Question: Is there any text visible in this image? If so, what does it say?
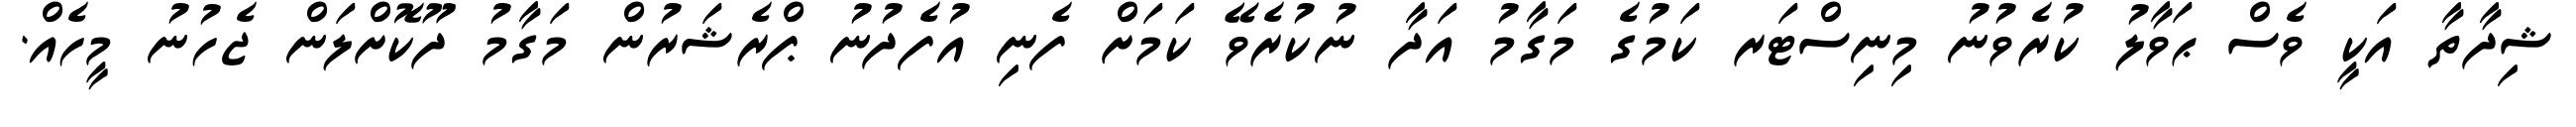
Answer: ޝިދާތާ އަކީ ވެސް ޙަވާލު ކުރެވުނު މިނިސްޓަރ ކަމުގެ މަގާމު އަދާ ނުކުރެވޭ ކަމަށް ފެނި އުފެދުނު ޕްރެޝަރުން މަގާމު ދޫކޮށްލަން ޖެހުނު މީހެއް.